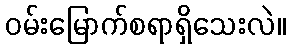
ဝမ်းမြောက်စရာရှိသေးလဲ။